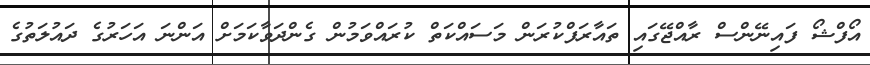
އޯފްޝޯ ފައިނޭންސް ރާއްޖޭގައި ތައާރަފްކުރަން މަސައްކަތް ކުރައްވަމުން ގެންދަވާކަމަށް އަންނަ އަހަރުގެ ދައުލަތުގެ